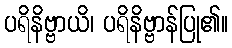
ပရိနိဗ္ဗာယိ၊ ပရိနိဗ္ဗာန်ပြု၏။